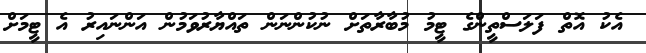
އެކު އޮތް ފަލަސްތީންގެ ޓީމު މުބާރާތަށް ނުކުންނަން ތައްޔާރުވަމުން އަންނައިރު އެ ޓީމަށް